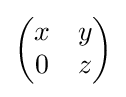
{\begin{pmatrix}x&y\\0&z\end{pmatrix}}